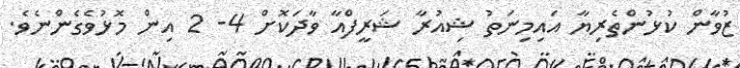
ޒުވާން ކުޅުންތެރިޔާ އައިމިނަތު ޝިއުރާ ޝަރީފްއާ ވާދަކޮށް 4- 2 އިން މޮޅުވެގެންނެވެ.